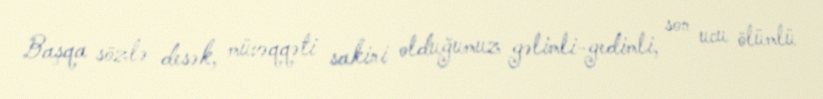
Başqa sözlə desək, müvəqqəti sakini olduğumuz gəlimli-gedimli, son ucu ölümlü